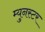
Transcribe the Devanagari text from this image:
म्युनस्टर